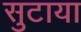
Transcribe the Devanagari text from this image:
सुटाया